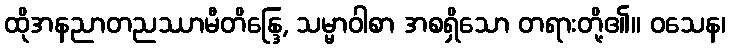
ထိုအနညာတညဿာမီတိန္ဒြေ, သမ္မာဝါစာ အစရှိသော တရားတို့၏။ ဝသေန၊